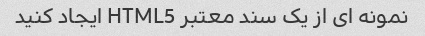
نمونه ای از یک سند معتبر HTML5 ایجاد کنید